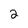
Character: 2